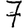
Digit: 7